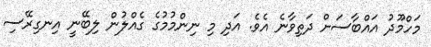
މަހްމޫދު އައްބާސަށް ދަތިވާނެ އެވެ. އަދި މި ނިންމުމުގެ ގެއްލުން ލިބޭނީ އިނގިރޭސި